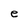
Character: e